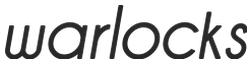
warlocks